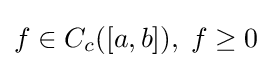
f\in C_{c}([a,b]),\;f\geq 0